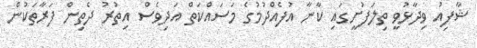
ޝާފިއު ވިދާޅުވީ ތިލަފުށީގައި ކާނާ އުފެއްދުމުގެ މަސައްކަތް އަދިވެސް އިތުރު ދެތިން ފަރާތަކުން